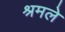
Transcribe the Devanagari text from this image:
श्रमले